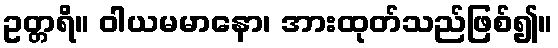
ဥတ္တရိ။ ဝါယမမာနော၊ အားထုတ်သည်ဖြစ်၍။